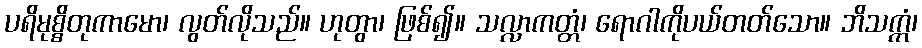
ပရိမုစ္စိတုကာမော၊ လွတ်လိုသည်။ ဟုတွာ၊ ဖြစ်၍။ သလ္လာကတ္တံ၊ ရောဂါကိုပယ်တတ်သော။ ဘိသက္ကံ၊